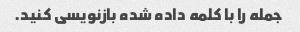
جمله را با کلمه داده شده بازنویسی کنید.